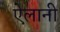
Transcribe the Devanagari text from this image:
ऐलानी